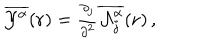
\overline { { { { \cal Y } ^ { \alpha } } } } ( { \bf r } ) = { \textstyle \frac { \partial _ { j } } { \partial ^ { 2 } } \overline { { { { \cal A } _ { j } ^ { \alpha } } } } ( { \bf r } ) } \, ,